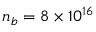
n _ { b } = 8 \times 1 0 ^ { 1 6 }